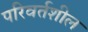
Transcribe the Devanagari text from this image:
परिवर्तशील